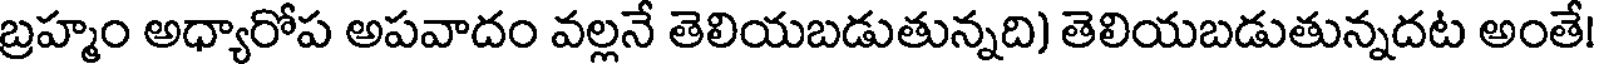
బ్రహ్మం అధ్యారోప అపవాదం వల్లనే తెలియబడుతున్నది) తెలియబడుతున్నదట అంతే